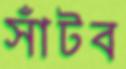
সাঁটব